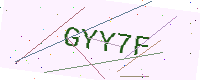
Text: GYY7F